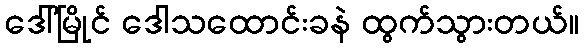
ဒေါ်မြိုင် ဒေါသထောင်းခနဲ ထွက်သွားတယ်။